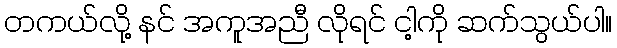
တကယ်လို့ နင် အကူအညီ လိုရင် ငါ့ကို ဆက်သွယ်ပါ။